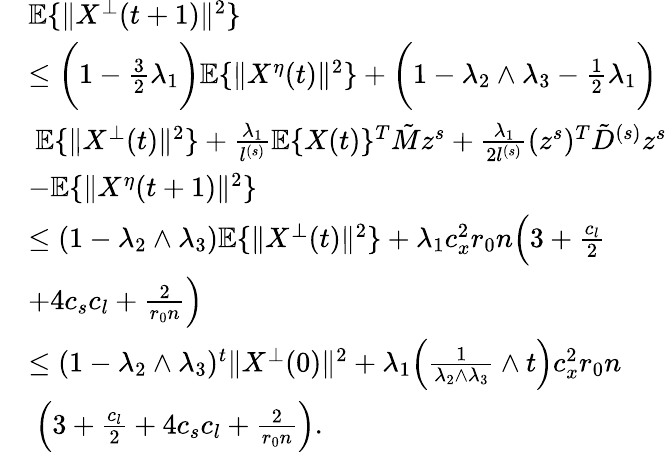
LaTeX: \begin{array}{rl}&{\mathbb{E}\{ \| X^{\bot}(t+1)\| ^{2}\} }\\ &{\le\bigg(1-\frac 32\lambda_{1}\bigg)\mathbb{E}\{ \| X^{\eta}(t)\| ^{2}\} +\bigg(1-\lambda_{2}\wedge\lambda_{3}-\frac 12\lambda_{1}\bigg)}\\ &{~\mathbb{E}\{ \| X^{\bot}(t)\| ^{2}\} +\frac{\lambda_{1}}{l^{(s)}}\mathbb{E}\{ X(t)\} ^{T}\tilde{M}z^{s}+\frac{\lambda_{1}}{2l^{(s)}}(z^{s})^{T}\tilde{D}^{(s)}z^{s}}\\ &{-\mathbb{E}\{ \| X^{\eta}(t+1)\| ^{2}\} }\\ &{\le(1-\lambda_{2}\wedge\lambda_{3})\mathbb{E}\{ \| X^{\bot}(t)\| ^{2}\} +\lambda_{1}c_{x}^{2}r_{0}n\Big(3+\frac{c_{l}}{2}}\\ &{+4c_{s}c_{l}+\frac{2}{r_{0}n}\Big)}\\ &{\le(1-\lambda_{2}\wedge\lambda_{3})^{t}\| X^{\bot}(0)\| ^{2}+\lambda_{1}\Big(\frac{1}{\lambda_{2}\wedge\lambda_{3}}\wedge t\Big)c_{x}^{2}r_{0}n}\\ &{~\Big(3+\frac{c_{l}}{2}+4c_{s}c_{l}+\frac{2}{r_{0}n}\Big).}\end{array}